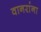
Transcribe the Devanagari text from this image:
वानरांना